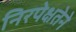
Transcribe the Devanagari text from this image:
निरपेक्षतेने